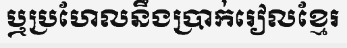
ឬប្រហែលនឹងប្រាក់រៀលខ្មែរ